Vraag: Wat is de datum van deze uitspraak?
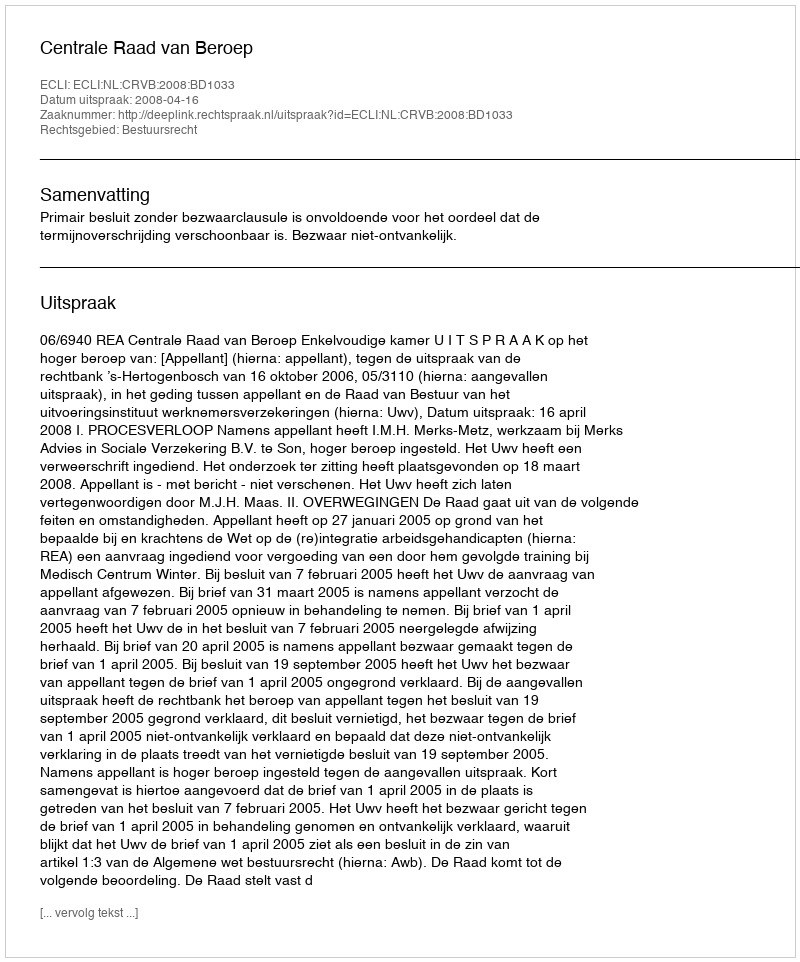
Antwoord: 2008-04-16